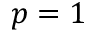
p = 1